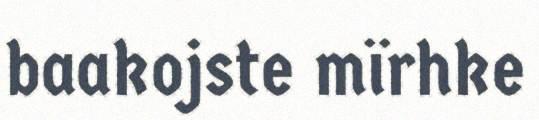
baakojste mïrhke